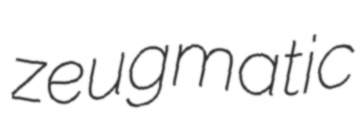
zeugmatic